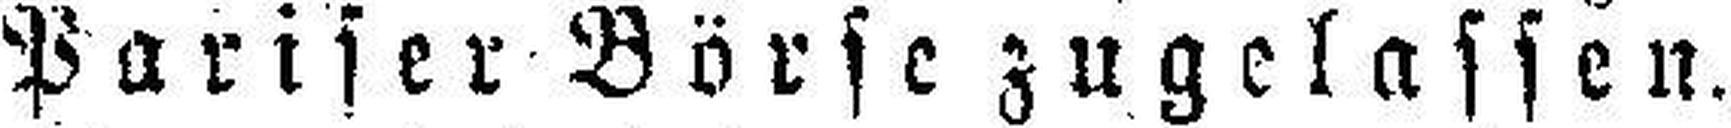
Pariser Börse zugelassen.